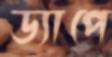
ড্যাপে